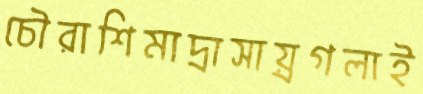
চৌরাশিমাদ্রাসায়্রগলাই